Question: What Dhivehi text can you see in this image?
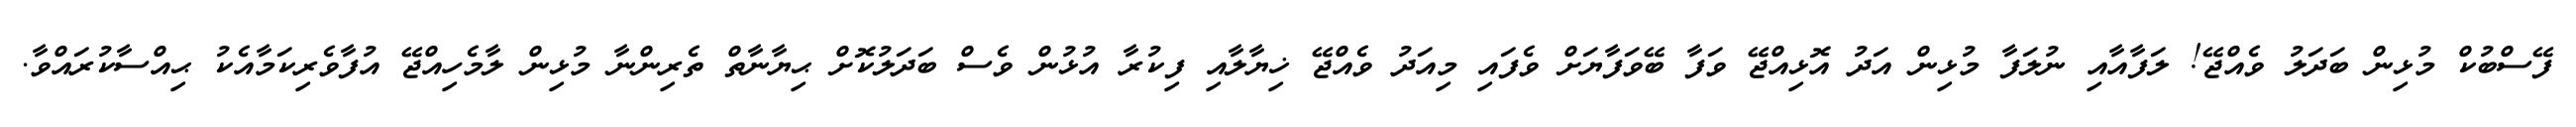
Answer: ފޭސްބުކް މުޅިން ބަދަލު ވެއްޖޭ! ލަފާއާއި ނުލަފާ މުޅިން އަދު އޮޅިއްޖޭ ވަފާ ބޭވަފާޔަށް ވެފައި މިއަދު ވެއްޖޭ ޚިޔާލާއި ފިކުރާ އުޅުން ވެސް ބަދަލުކޮށް ޙިޔާނާތް ތެރިންނާ މުޅިން ލާމެހިއްޖޭ އުފާވެރިކަމާއެކު ޙިއްސާކުރައްވާ.